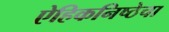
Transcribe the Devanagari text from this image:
ऐहिकनिष्ठेचा